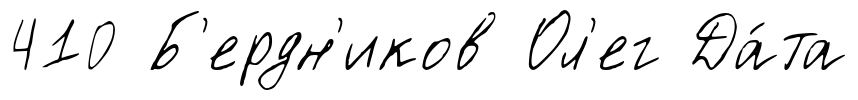
410 Б'ердн'иков Ол'ег Да́та